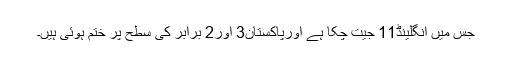
جس میں انگلینڈ11 جیت چکا ہے اورپاکستان3 اور2 برابر کی سطح پر ختم ہوئی ہیں۔